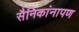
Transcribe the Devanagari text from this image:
सैनिकांनापण